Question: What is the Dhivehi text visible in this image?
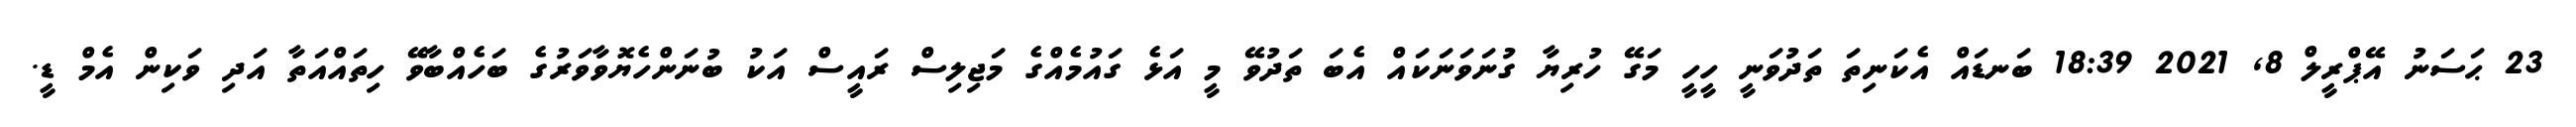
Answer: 23 ޙަސަނު އޭޕްރީލް 8, 2021 18:39 ބަނޑައް އެކަނިތަ ތަދުވަނީ ހީހީ މަގޭ ހުރިޔާ ގުނަވަނަކައް އެބަ ތަދުވޭ މީ އަޅެ ގައުމެއްގެ މަޖިލިސް ރައީސް އަކު ބުނަންހެޔޮވާވަރުގެ ބަހެއްބާވޭ ހިތައްއަތާ އަދި ވަކިން އެމް ޑީ.